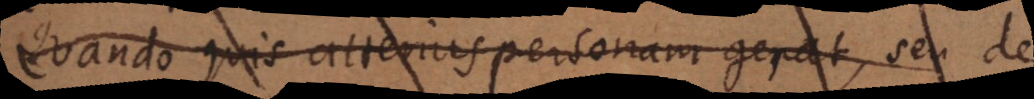
Quando quis alterius personam gerat, seu de